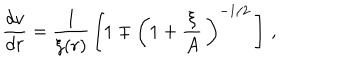
LaTeX: \frac { d v } { d r } = \frac { 1 } { \xi ( r ) } \, \left[ 1 \mp \left( 1 + \frac { \xi } { A } \, \right) ^ { - 1 / 2 } \, \right] \, ,